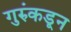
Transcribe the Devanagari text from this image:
गुरुंकडून